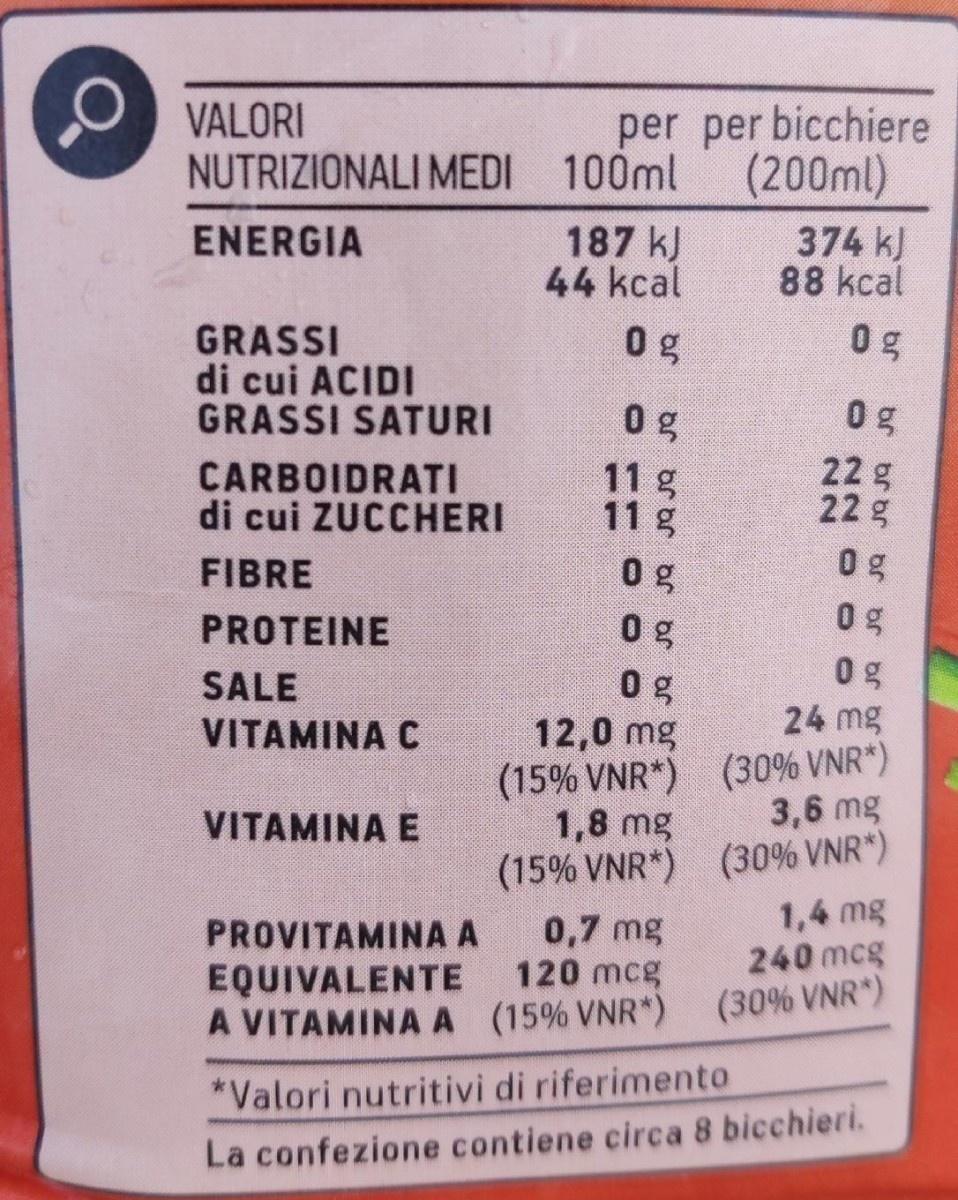
VALORI NUTRIZIONALI MEDI 100ml
per per bicchiere (200ml)
187 kJ 44 kcal
374 kJ 88 kcal
ENERGIA
0g
0 g
GRASSI di cui ACIDI GRASSI SATURI
0 g
0g
CARBOIDRATI di cui ZUCCHERI
11 g 11 g
22g 22 g
FIBRE
0 g 0 g
PROTEINE
0g
SALE
0g
24 mg
12,0 mg (15% VNR*) (30% VNR*) 1,8 mg
VITAMINA C
3,6 mg
VITAMINA E
(15% VNR*) (30% VNR*) 1,4 mg 240 mcg
PROVITAMINA A EQUIVALENTE A VITAMINA A (15% VNR*) (30% VNR")
0,7 mg 120 mcg
*Valori nutritivi di riferimento
La confezione contiene circa 8 bicchieri.
br br